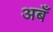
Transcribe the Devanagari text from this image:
अबँ